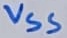
Text: VSS